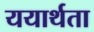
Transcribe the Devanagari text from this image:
ययार्थता